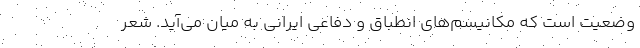
وضعیت است که مکانیسم‌های انطباق و دفاعی ایرانی به میان می‌آید. شعر